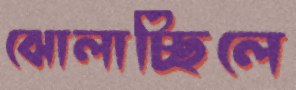
ঝোলাচ্ছিলে